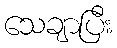
သေချာပြီး